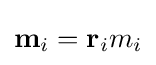
\mathbf {m} _{i}=\mathbf {r} _{i}m_{i}\,\!